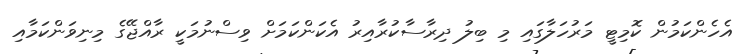
އެހެންކަމުން ކޮމިޓީ މަރުހަލާގައި މި ބިލު ދިރާސާކުރާއިރު އެކަންކަމަށް ވިސްނުމަކީ ރާއްޖޭގެ މިނިވަންކަމާއި